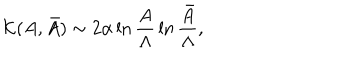
LaTeX: { \cal K } ( A , \bar { A } ) \sim 2 \alpha \ln { \frac { A } { \Lambda } } \ln { \frac { \bar { A } } { \Lambda } } ,